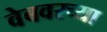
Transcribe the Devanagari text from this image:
वेबवरच्या